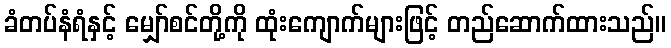
ခံတပ်နံရံနှင့် မျှော်စင်တို့ကို ထုံးကျောက်များဖြင့် တည်ဆောက်ထားသည်။